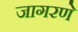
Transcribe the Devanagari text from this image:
जागरणे